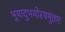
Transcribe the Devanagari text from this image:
भूयादुभयोरयमुत्तमः